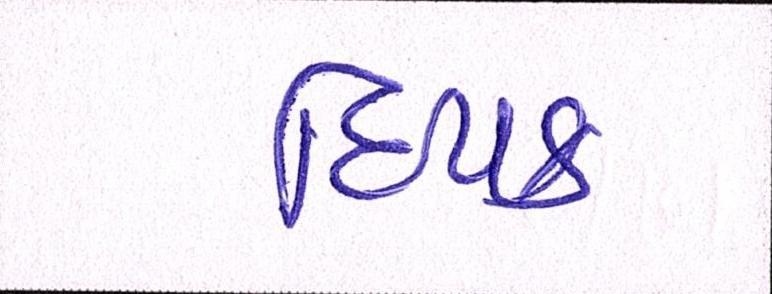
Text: દિપક